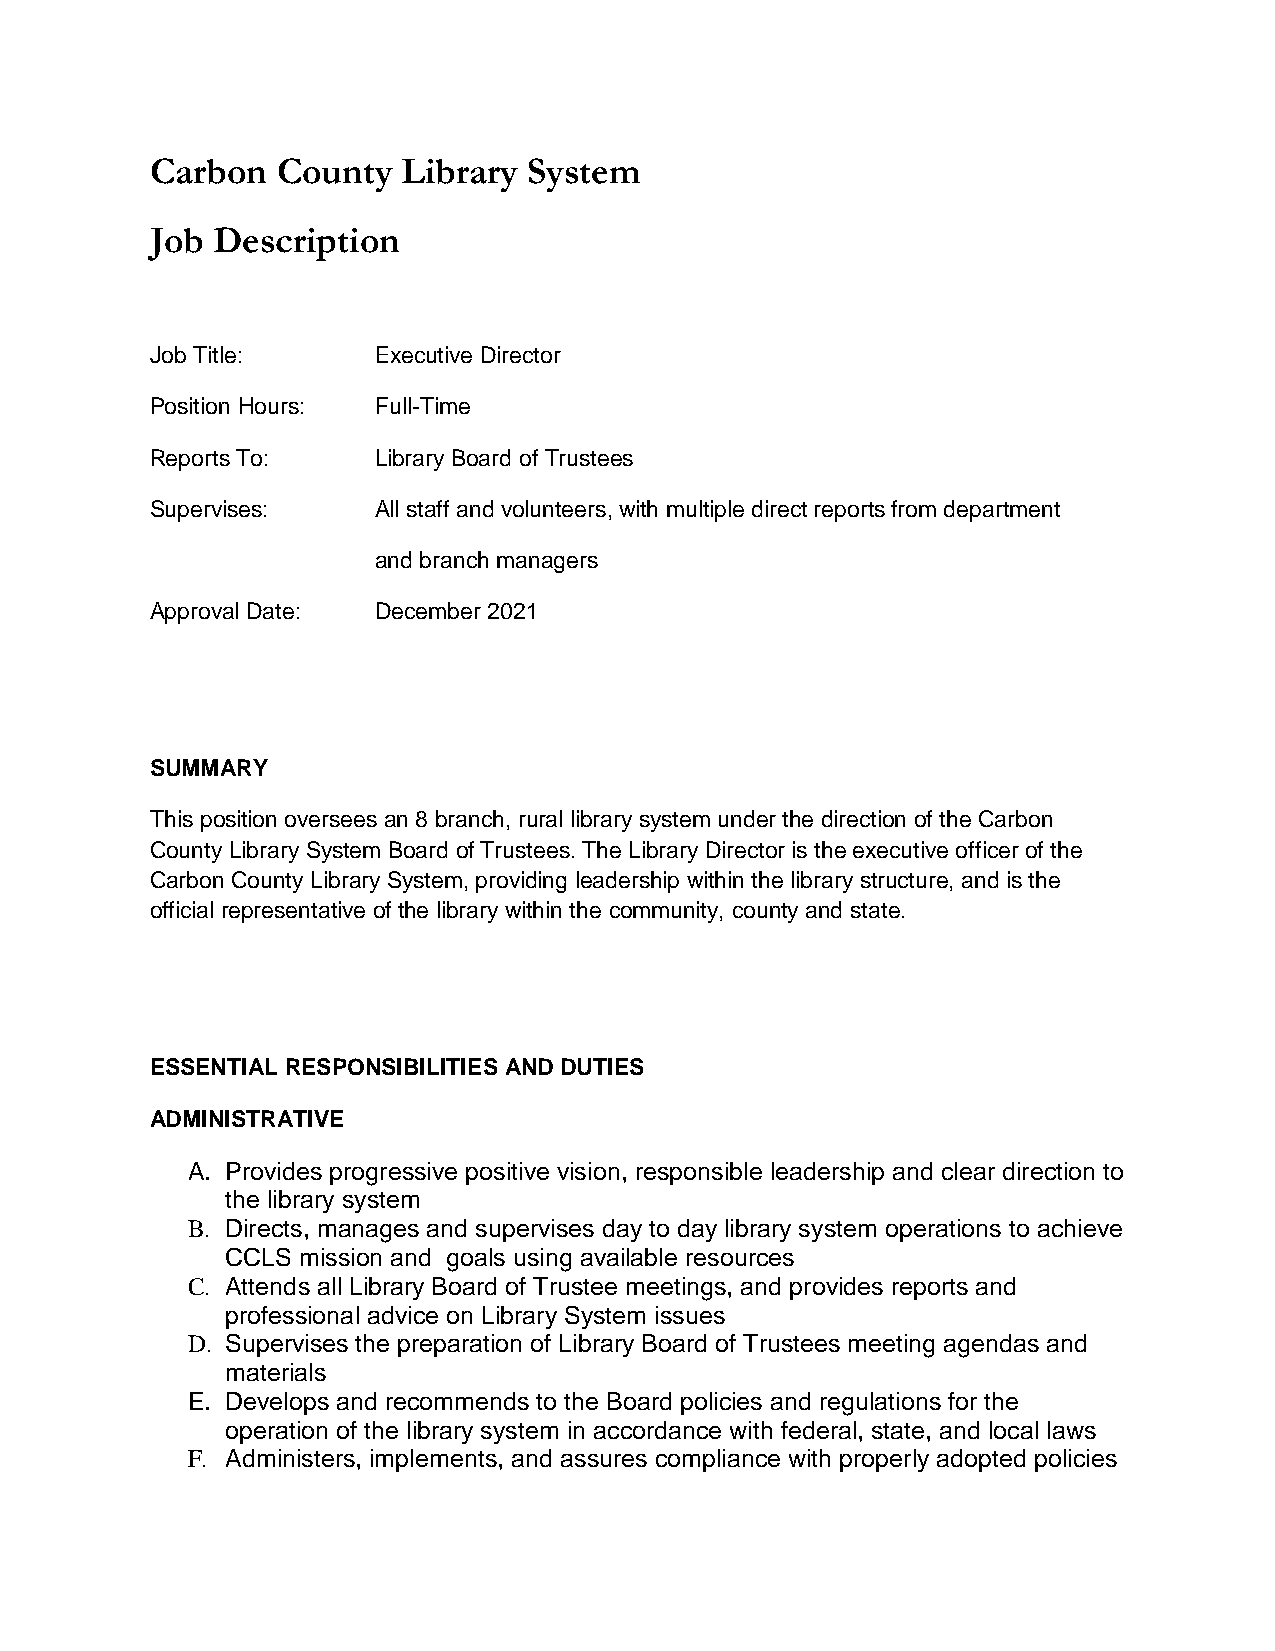
Carbon  County   Library System
 Job Description
 Job Title:     Executive Director
 Position Hours: Full-Time
 Reports To:    Library Board of Trustees
 Supervises:    All staff and volunteers, with multiple direct reports from department
 and branch managers
 Approval Date: December 2021
 SUMMARY
 This position oversees an 8 branch, rural library system under the direction of the Carbon
 County Library System Board of Trustees. The Library Director is the executive officer of the
 Carbon County Library System, providing leadership within the library structure, and is the
 official representative of the library within the community, county and state.
 ESSENTIAL RESPONSIBILITIES AND DUTIES
 ADMINISTRATIVE
 A. Provides progressive positive vision, responsible leadership and clear direction to
 the library system
 B. Directs, manages and supervises day to day library system operations to achieve
 CCLS mission and goals using available resources
 C. Attends all Library Board of Trustee meetings, and provides reports and
 professional advice on Library System issues
 D. Supervises the preparation of Library Board of Trustees meeting agendas and
 materials
 E. Develops and recommends to the Board policies and regulations for the
 operation of the library system in accordance with federal, state, and local laws
 F. Administers, implements, and assures compliance with properly adopted policies